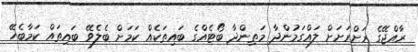
ރާއްޖޭގެ ރަށްރަށަށް ލައްގަމުންދާ މަތިންދާ ބޯޓެއްގެ ބައިތަކެއް ކަމަށް ބެލެވޭ ބައިތައް ކަމާބެހޭ